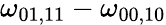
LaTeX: \omega_{01,11}-\omega_{00,10}